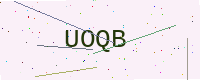
Text: UOQB